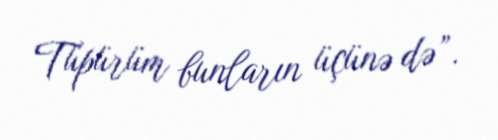
Tüpürüm bunların üçünə də”.